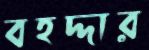
বহদ্দার